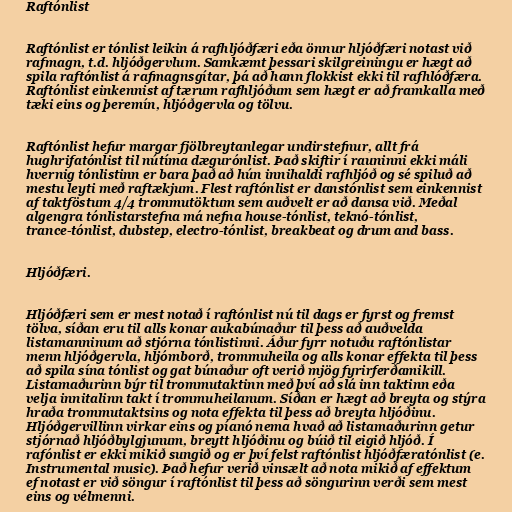
Raftónlist

Raftónlist er tónlist leikin á rafhljóðfæri eða önnur hljóðfæri notast við
rafmagn, t.d. hljóðgervlum. Samkæmt þessari skilgreiningu er hægt að
spila raftónlist á rafmagnsgítar, þá að hann flokkist ekki til rafhlóðfæra.
Raftónlist einkennist af tærum rafhljóðum sem hægt er að framkalla með
tæki eins og þeremín, hljóðgervla og tölvu.

Raftónlist hefur margar fjölbreytanlegar undirstefnur, allt frá
hughrifatónlist til nútíma dægurónlist. Það skiftir í rauninni ekki máli
hvernig tónlistinn er bara það að hún innihaldi rafhljóð og sé spiluð að
mestu leyti með raftækjum. Flest raftónlist er danstónlist sem einkennist
af taktföstum 4/4 trommutöktum sem auðvelt er að dansa við. Meðal
algengra tónlistarstefna má nefna house-tónlist, teknó-tónlist,
trance-tónlist, dubstep, electro-tónlist, breakbeat og drum and bass.

Hljóðfæri.

Hljóðfæri sem er mest notað í raftónlist nú til dags er fyrst og fremst
tölva, síðan eru til alls konar aukabúnaður til þess að auðvelda
listamanninum að stjórna tónlistinni. Áður fyrr notuðu raftónlistar
menn hljóðgervla, hljómborð, trommuheila og alls konar effekta til þess
að spila sína tónlist og gat búnaður oft verið mjög fyrirferðamikill.
Listamaðurinn býr til trommutaktinn með því að slá inn taktinn eða
velja innitalinn takt í trommuheilanum. Síðan er hægt að breyta og stýra
hraða trommutaktsins og nota effekta til þess að breyta hljóðinu.
Hljóðgervillinn virkar eins og píanó nema hvað að listamaðurinn getur
stjórnað hljóðbylgjunum, breytt hljóðinu og búið til eigið hljóð. Í
rafónlist er ekki mikið sungið og er því felst raftónlist hljóðfæratónlist (e.
Instrumental music). Það hefur verið vinsælt að nota mikið af effektum
ef notast er við söngur í raftónlist til þess að söngurinn verði sem mest
eins og vélmenni.